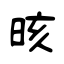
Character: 晐